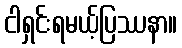
ငါရှင်းရမယ့်ပြဿနာ။